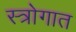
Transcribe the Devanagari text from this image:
स्त्रोगात